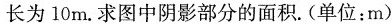
长为10m.求图中阴影部分的面积。(单位：m)